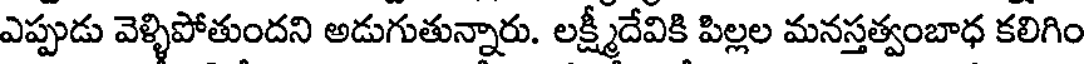
ఎప్పుడు వెళ్ళిపోతుందని అడుగుతున్నారు. లక్ష్మీదేవికి పిల్లల మనస్తత్వంబాధ కలిగిం